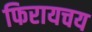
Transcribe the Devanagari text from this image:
फिरायचय